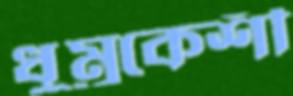
ধুম্রকেশী